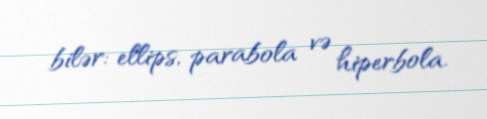
bilər: ellips, parabola və hiperbola.